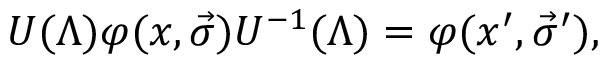
U ( \Lambda ) \varphi ( x , \vec { \sigma } ) U ^ { - 1 } ( \Lambda ) = \varphi ( x ^ { \prime } , \vec { \sigma } ^ { \prime } ) ,